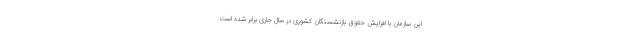
این سازمان با افزایش حقوق بازنشستگان کشوری در سال جاری برابر شده است.